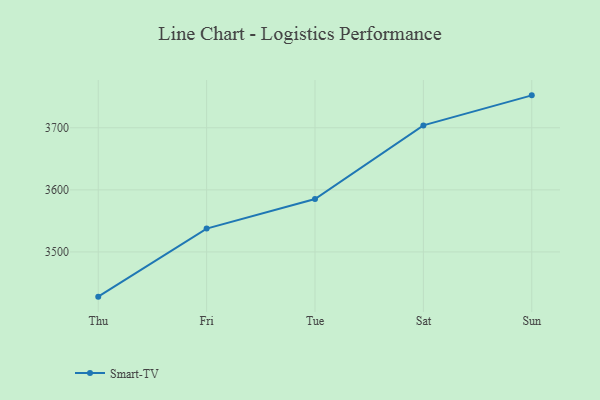
{"axis": {"x": "Day", "y": "Bounce Rate (%)"}, "legend": ["Smart-TV"], "data": [{"x": "Thu", "y": 3428.0, "type": "Smart-TV"}, {"x": "Fri", "y": 3537.6, "type": "Smart-TV"}, {"x": "Tue", "y": 3585.2, "type": "Smart-TV"}, {"x": "Sat", "y": 3703.8, "type": "Smart-TV"}, {"x": "Sun", "y": 3752.2, "type": "Smart-TV"}]}